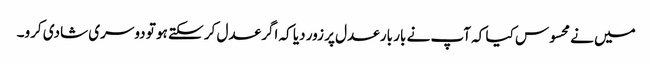
میں نے محسوس کیا کہ آپ نے بار بار عدل پر زور دیا کہ اگر عدل کر سکتے ہو تو دوسری شادی کرو۔